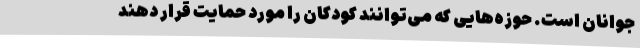
جوانان است. حوزه‌هایی که می‌توانند کودکان را مورد حمایت قرار دهند